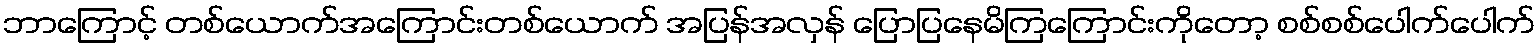
ဘာကြောင့် တစ်ယောက်အကြောင်းတစ်ယောက် အပြန်အလှန် ပြောပြနေမိကြကြောင်းကိုတော့ စစ်စစ်ပေါက်ပေါက်